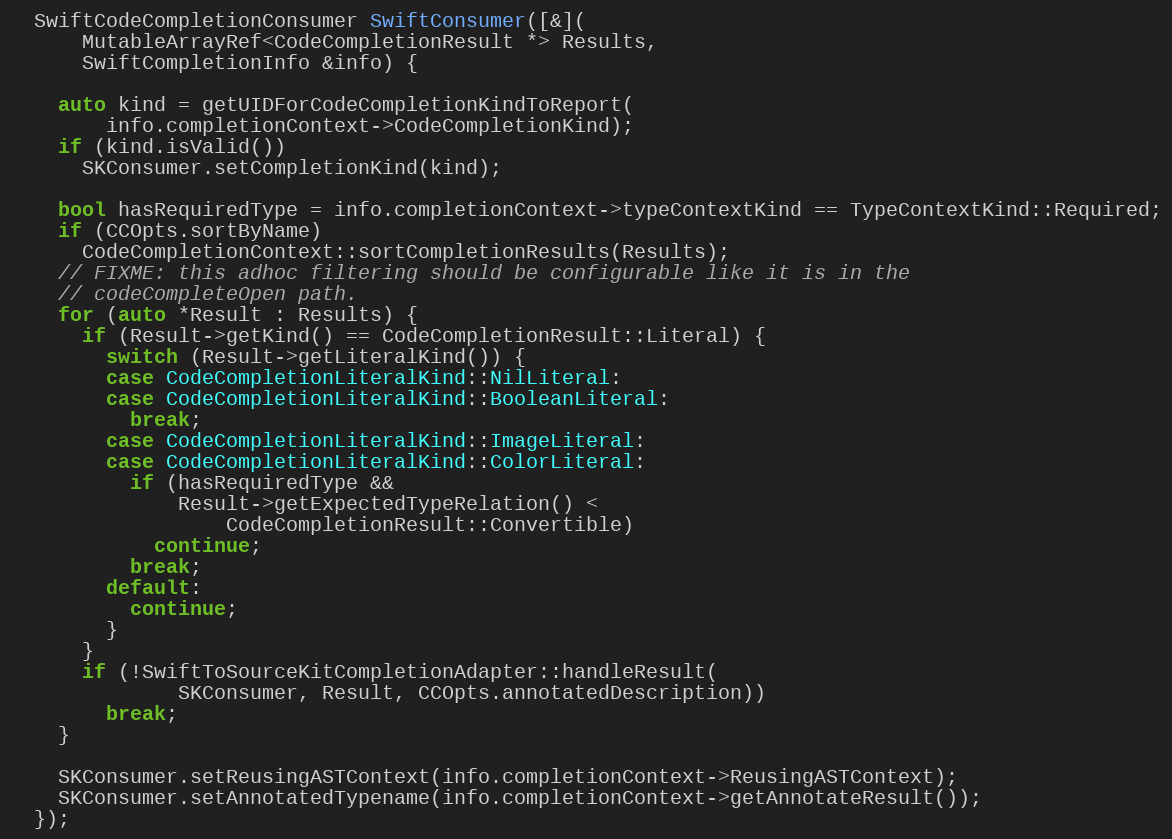
Language: C++
  SwiftCodeCompletionConsumer SwiftConsumer([&](
      MutableArrayRef<CodeCompletionResult *> Results,
      SwiftCompletionInfo &info) {

    auto kind = getUIDForCodeCompletionKindToReport(
        info.completionContext->CodeCompletionKind);
    if (kind.isValid())
      SKConsumer.setCompletionKind(kind);

    bool hasRequiredType = info.completionContext->typeContextKind == TypeContextKind::Required;
    if (CCOpts.sortByName)
      CodeCompletionContext::sortCompletionResults(Results);
    // FIXME: this adhoc filtering should be configurable like it is in the
    // codeCompleteOpen path.
    for (auto *Result : Results) {
      if (Result->getKind() == CodeCompletionResult::Literal) {
        switch (Result->getLiteralKind()) {
        case CodeCompletionLiteralKind::NilLiteral:
        case CodeCompletionLiteralKind::BooleanLiteral:
          break;
        case CodeCompletionLiteralKind::ImageLiteral:
        case CodeCompletionLiteralKind::ColorLiteral:
          if (hasRequiredType &&
              Result->getExpectedTypeRelation() <
                  CodeCompletionResult::Convertible)
            continue;
          break;
        default:
          continue;
        }
      }
      if (!SwiftToSourceKitCompletionAdapter::handleResult(
              SKConsumer, Result, CCOpts.annotatedDescription))
        break;
    }

    SKConsumer.setReusingASTContext(info.completionContext->ReusingASTContext);
    SKConsumer.setAnnotatedTypename(info.completionContext->getAnnotateResult());
  });